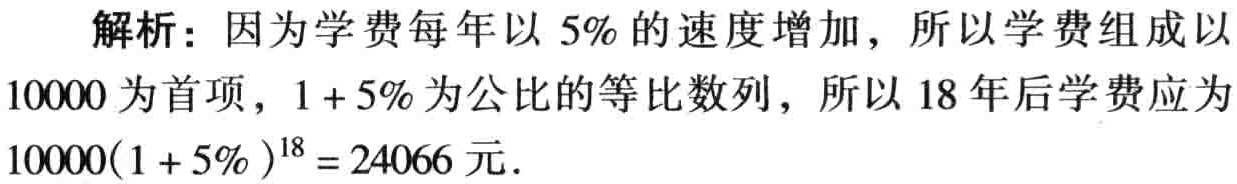
解析：因为学费每年以 \(5\%\) 的速度增加，所以学费组成以 \(10000\) 为首项，\(1 + 5\%\) 为公比的等比数列，所以 \(18\) 年后学费应为 \(10000(1 + 5\%)^{18}=24066\) 元.